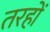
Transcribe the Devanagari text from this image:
तरहों